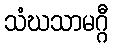
သံဃသာမဂ္ဂီ